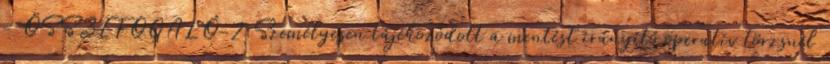
- ÖSSZEFOGALÓ-2 Személyesen tájékozódott a mentést irányító operatív törzsnél